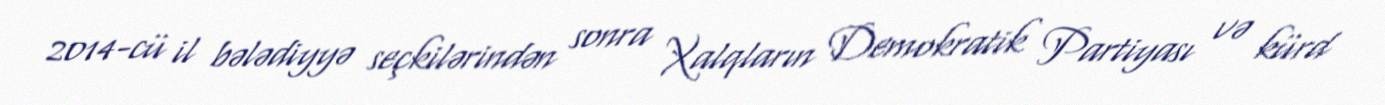
2014-cü il bələdiyyə seçkilərindən sonra Xalqların Demokratik Partiyası və kürd